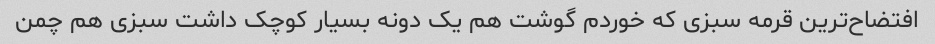
افتضاح‌ترین قرمه سبزی که خوردم گوشت هم یک دونه بسیار کوچک داشت سبزی هم چمن